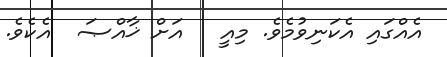
އެއްގައި އެކަނިވުމެވެ. މިއީ   އަށް ޚާއްޞަ  އެކެވެ.